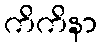
ကိကိနာ